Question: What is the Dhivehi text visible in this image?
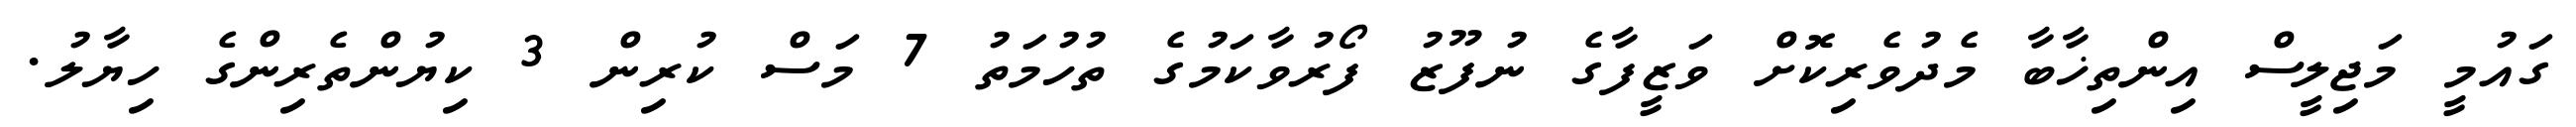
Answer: ގައުމީ މަޖިލީސް އިންތިޚާބާ މެދުވެރިކޮށް ވަޒީފާގެ ނުފޫޒު ފޯރުވާކަމުގެ ތުހުމަތު 7 މަސް ކުރިން 3 ކިޔުންތެރިންގެ ހިޔާލު.